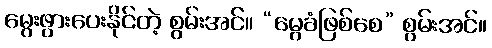
မွေးဖွားပေးနိုင်တဲ့ စွမ်းအင်။ “မွေခံဖြစ်စေ” စွမ်းအင်။